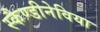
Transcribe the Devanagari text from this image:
स्कैण्डीनेविया